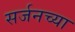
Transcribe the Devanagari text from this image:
सर्जनच्या